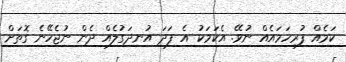
ކަމެއް ފުރިހަމައެއް ނުވޭ. އެކަމަކު އެ ފަދަ އުނދަގުލެއް ދެން ނުޖެހޭނެ ގޮތަށް